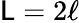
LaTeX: \mathsf{L}=2\ell